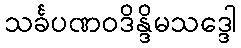
သင်္ခပဏဝဒိန္ဒိမသဒ္ဒေါ